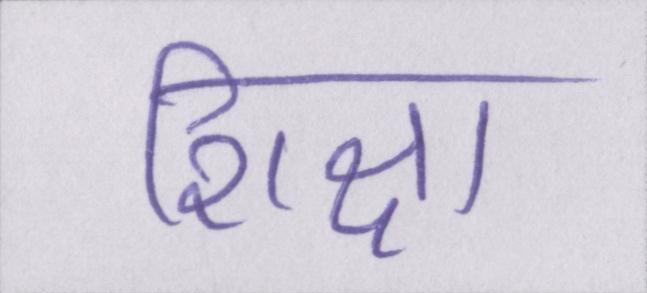
शिक्षा